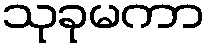
သုခုမကာ